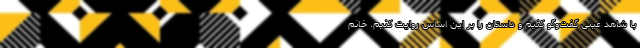
با شاهد عینی گفت‌وگو کنیم و داستان را بر این اساس روایت کنیم. خانم